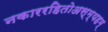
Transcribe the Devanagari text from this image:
नकाररहितोअस्म्यहम्